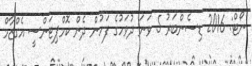
ނޯޓް: 2016 ޑިސެންބަރު 5 ވަނަ ދުވަހުގެ ފަހުން ދެން ކޮމްޕިޓަންސީ އެގްޒާމް